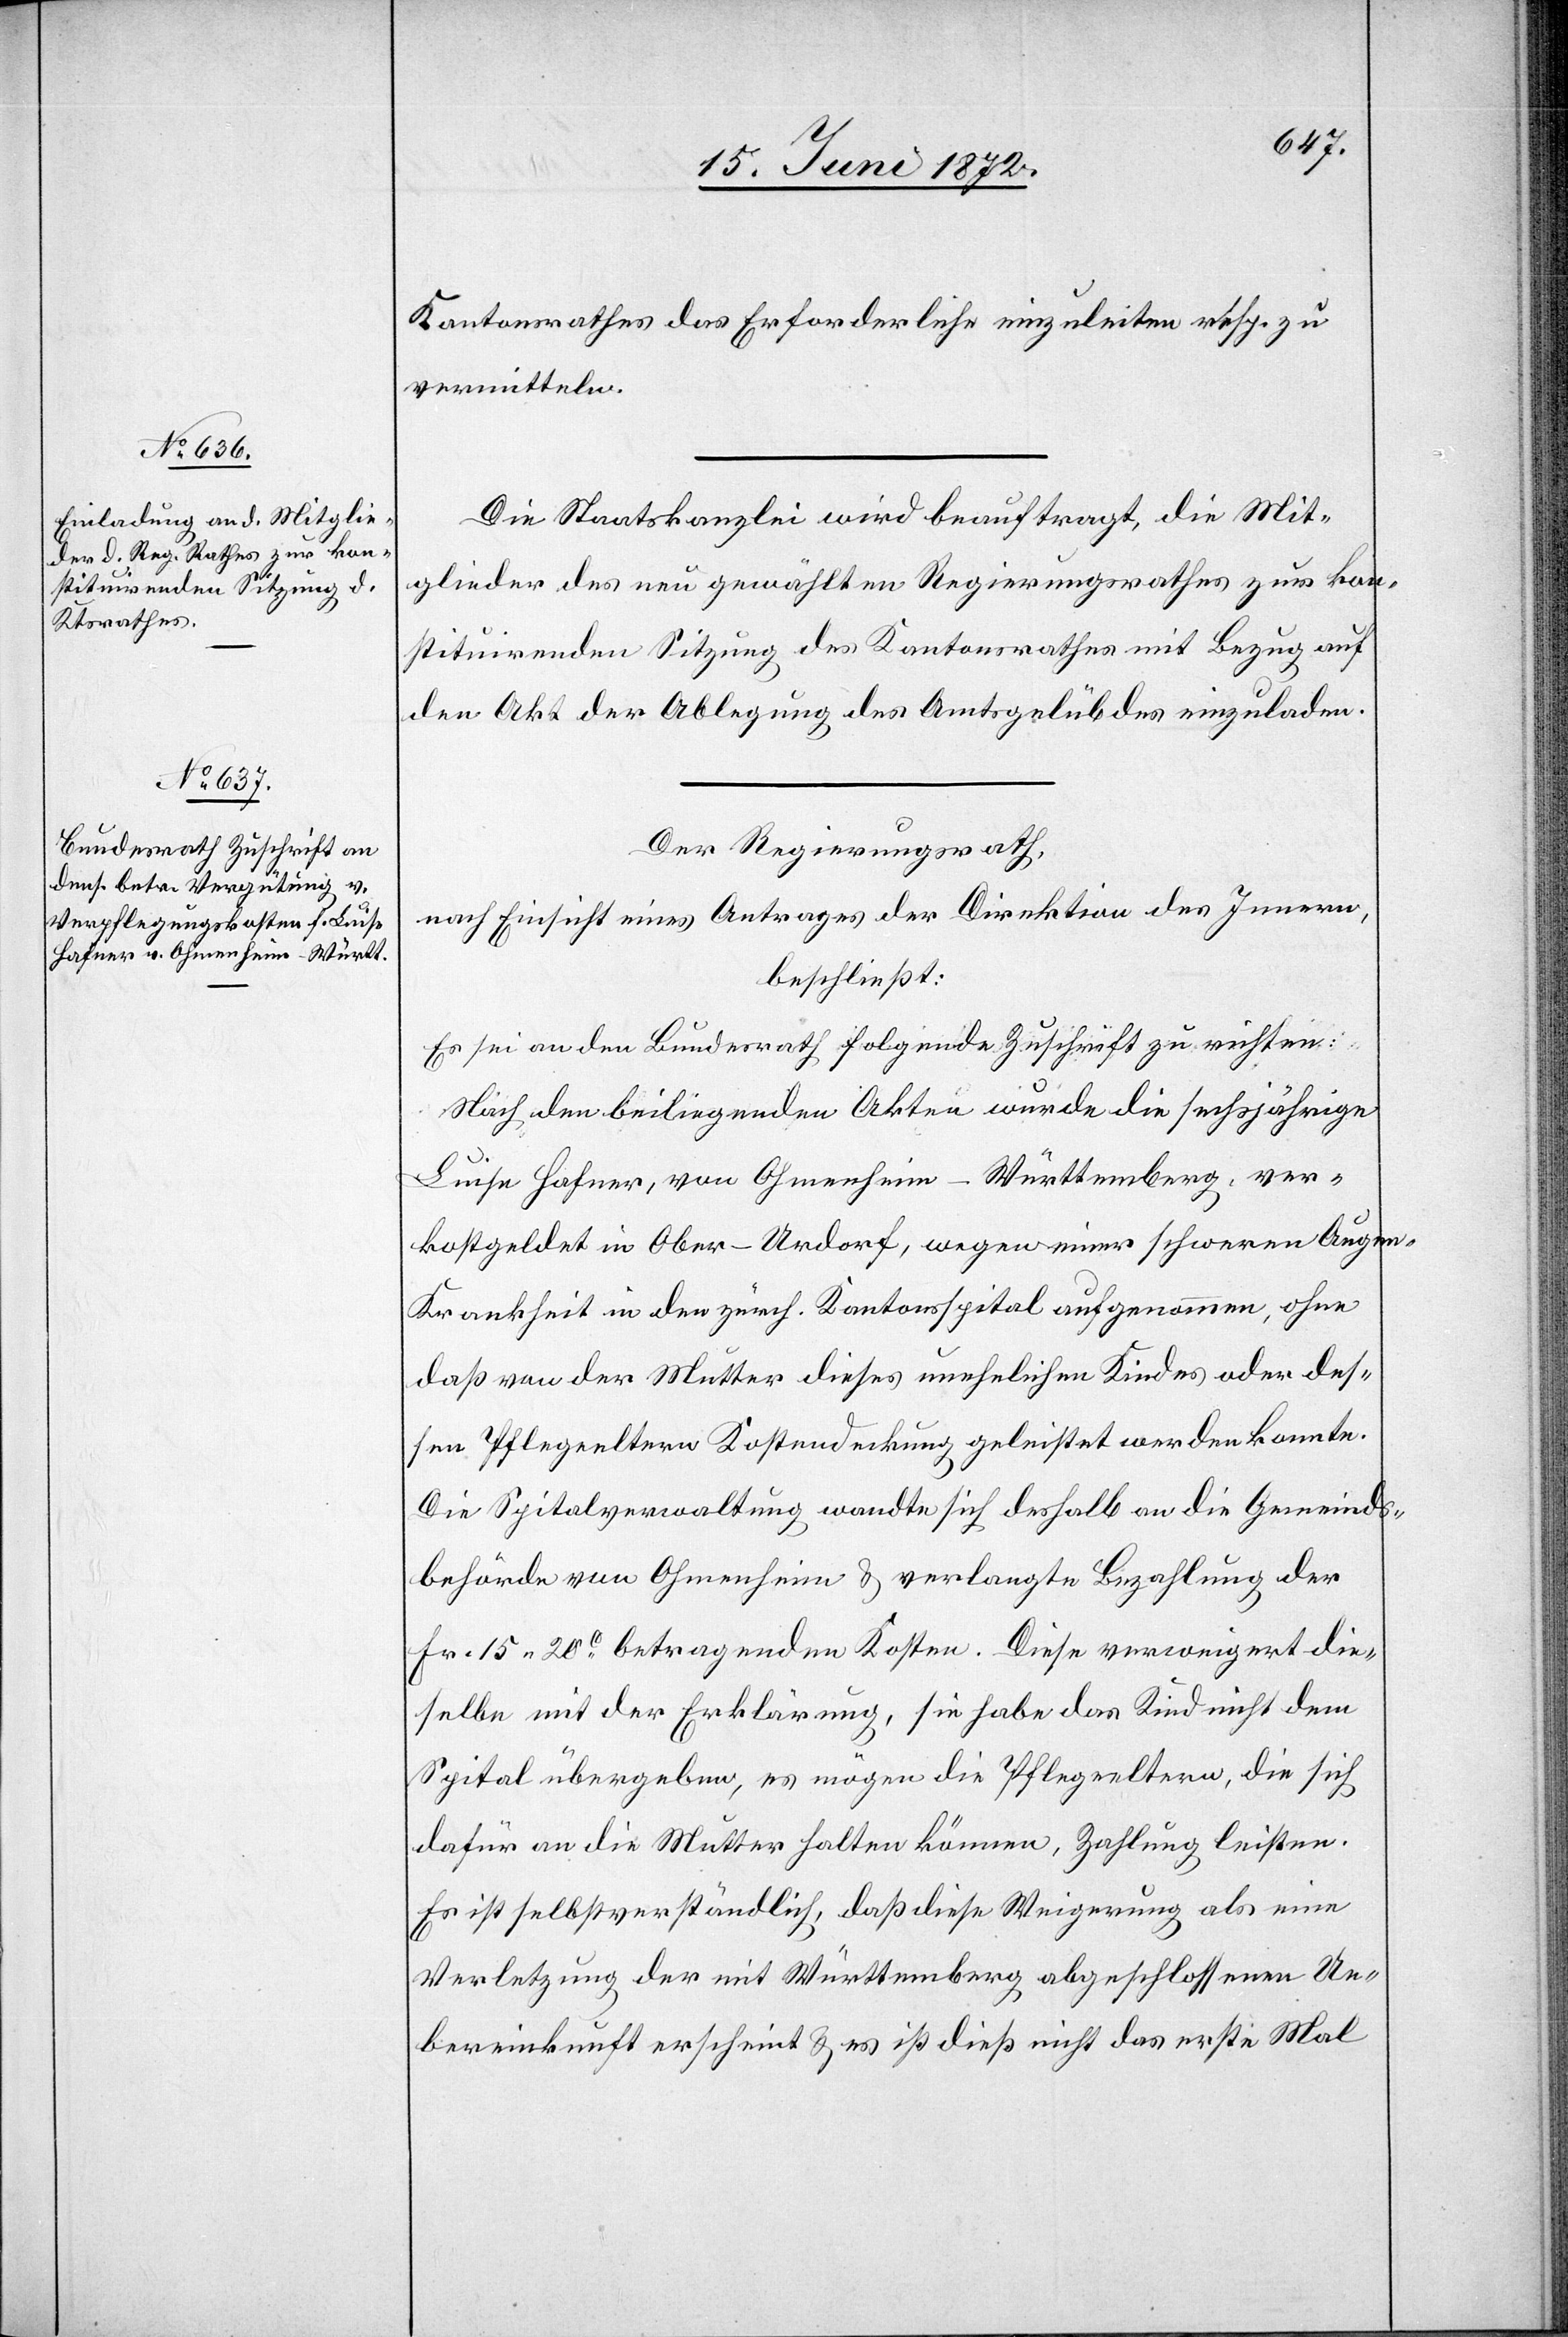
Kantonsrathes das Erforderliche einzuleiten resp. zu
vermitteln.
Die Staatskanzlei wird beauftragt, die Mit¬
glieder des neu gewählten Regierungsrathes zur kon¬
stituirenden Sitzung des Kantonsrathes mit Bezug auf
den Akt der Ablegung des Amtsgelübdes einzuladen.
Der Regierungsrath,
nach Einsicht eines Antrages der Direktion des Innern,
beschließt:
Es sei an den Bundesrath folgende Zuschrift zu richten:
Nach den beiliegenden Akten wurde die sechsjährige
Luise Hafner, von Ohmenheim - Württemberg, ver¬
kostgeldet in Ober-Urdorf, wegen einer schweren Augen-K¬
rankheit in den zürch. Kantonsspital aufgenommen, ohne
daß von der Mutter dieses unehelichen Kindes oder des¬
sen Pflegeeltern Kostendeckung geleistet werden konnte.
Die Spitalverwaltung wandte sich deshalb an die Gemeinde¬
behörde von Ohmenheim u. verlangte Bezahlung der
Fr. 15 20C betragenden Kosten. Diese verweigert die¬
selbe mit der Erklärung, sie habe das Kind nicht dem
Spital übergeben, es mögen die Pflegeeltern, die sich
dafür an die Mutter halten können, Zahlung leisten.
Es ist selbstverständlich, daß diese Weigerung als eine
Verletzung der mit Württemberg abgeschlossenen Ue¬
bereinkunft erscheint u. es ist dieß nicht das erste Mal